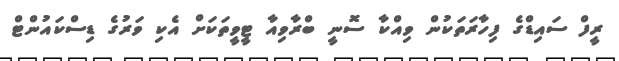
ރީފް ސައިޑްގެ ފިހާރަތަކުން ވިއްކާ ސޮނީ ބްރާވިއާ ޓީވީތަކަށް އެކި ވަރުގެ ޑިސްކައުންޓް